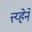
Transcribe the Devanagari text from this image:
त्त्य्हेने